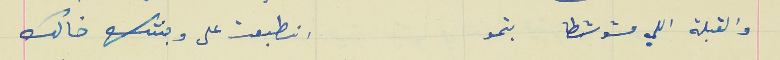
والقبلة اللي مشوشطا بتمو                             انطبعت على وجنتك خالك